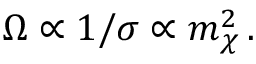
\Omega \propto 1 / \sigma \propto m _ { \chi } ^ { 2 } \, .